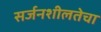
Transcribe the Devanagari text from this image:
सर्जनशीलतेचा